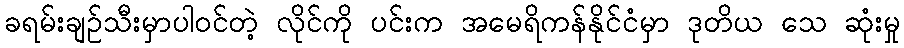
ခရမ်းချဉ်သီးမှာပါဝင်တဲ့ လိုင်ကို ပင်းက အမေရိကန်နိုင်ငံမှာ ဒုတိယ သေ ဆုံးမှု